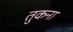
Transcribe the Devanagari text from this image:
तुकना